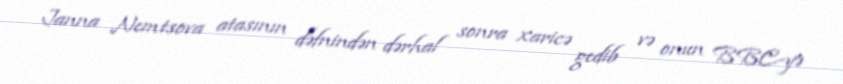
Janna Nemtsova atasının dəfnindən dərhal sonra xaricə gedib və onun BBC-yə